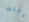
دخلك